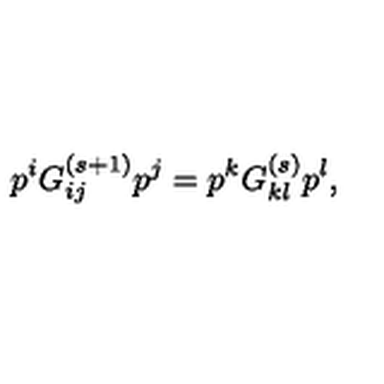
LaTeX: p ^ { i } G _ { i j } ^ { ( s + 1 ) } p ^ { j } = p ^ { k } G _ { k l } ^ { ( s ) } p ^ { l } ,